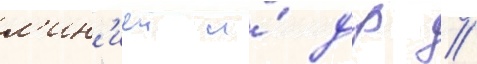
л'ин'иеи и́ др //